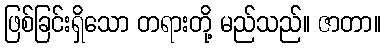
ဖြစ်ခြင်းရှိသော တရားတို့ မည်သည်။ ဇာတာ။